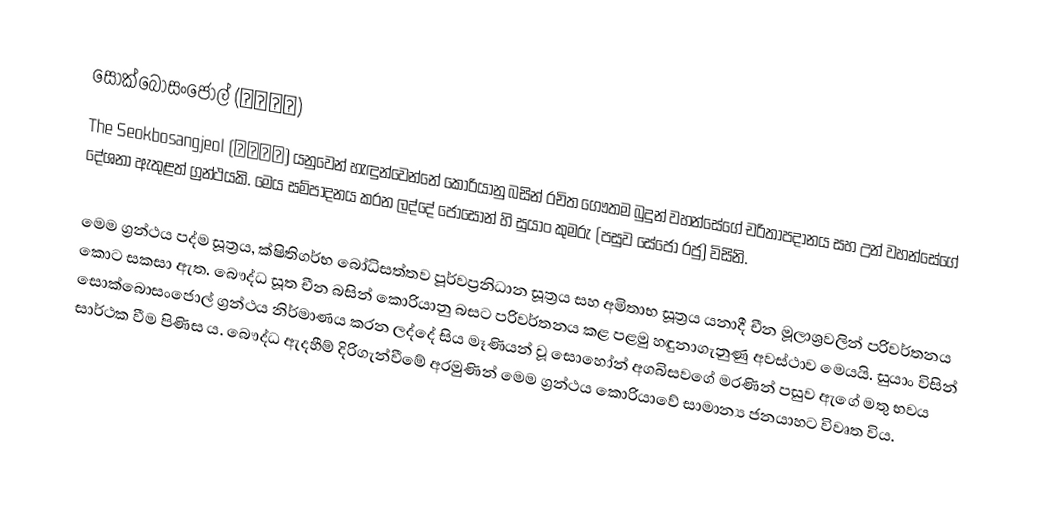
සොක්බොසංජොල් (釋譜詳節)
The Seokbosangjeol (釋譜詳節) යනුවෙන් හැඳුන්වෙන්නේ කොරියානු බසින් රචිත ගෞතම බුදුන් වහන්සේගේ චරිතාපදානය සහ උන් වහන්සේගේ දේශනා ඇතුළත් ග්‍රන්ථයකි. මෙය සම්පාදනය කරන ලද්දේ ජොසොන් හි සුයාං කුමරු (පසුව සේජෝ රජු) විසිනි.

මෙම ග්‍රන්ථය පද්ම සූත්‍රය, ක්ෂිතිගර්භ බෝධිසත්තව පූර්වප්‍රනිධාන සූත්‍රය සහ අමිතාභ සූත්‍රය යනාදී චීන මූලාශ්‍රවලින් පරිවර්තනය කොට සකසා ඇත. බෞද්ධ සූත චීන බසින් කොරියානු බසට පරිවර්තනය කළ පළමු හඳුනාගැනුණු අවස්ථාව මෙයයි. සුයාං විසින් සොක්බොසංජොල් ග්‍රන්ථය නිර්මාණය කරන ලද්දේ සිය මෑණියන් වූ සොහෝන් අගබිසවගේ මරණින් පසුව ඇගේ මතු භවය සාර්ථක වීම පිණිස ය. බෞද්ධ ඇදහීම් දිරිගැන්වීමේ අරමුණින් මෙම ග්‍රන්ථය කොරියාවේ සාමාන්‍ය ජනයාහට විවෘත විය.